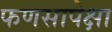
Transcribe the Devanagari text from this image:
फणसापेक्षा